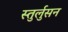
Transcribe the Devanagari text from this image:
स्तुर्लुसन